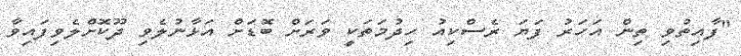
"ފާއިތުވި ތިން އަހަރު ފަޔަ ރެސްކިއު ހިދުމަތަކީ ވަރަށް ބޮޑަށް އަޅާނުލެވި ދޫކޮށްލެވިފައިވާ